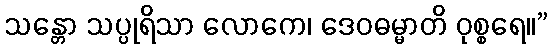
သန္တော သပ္ပုရိသာ လောကေ၊ ဒေဝဓမ္မာတိ ဝုစ္စရေ။”